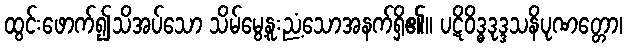
ထွင်းဖောက်၍သိအပ်သော သိမ်မွေ့နူးညံ့သောအနက်ရှိ၏။ ပဋိဝိဒ္ဓဒုဒ္ဒသနိပုဏတ္တော၊